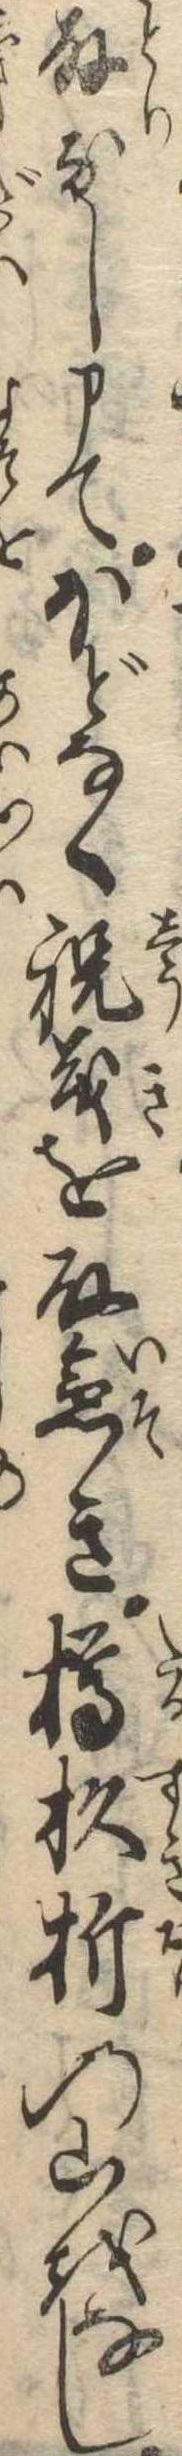
取なし申てほどなく祝義を取急き樽杉折の山をなし